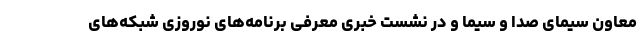
معاون سیمای صدا و سیما و در نشست خبری معرفی برنامه‌های نوروزی شبکه‌های